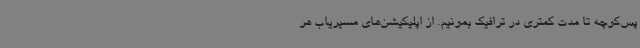
پس‌کوچه تا مدت کمتری در ترافیک بمونیم. از اپلیکیشن‌های مسیریاب هر